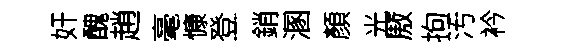
奸醜趙毫慷登銷溷顏光厫拘汚衿